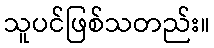
သူပင်ဖြစ်သတည်း။